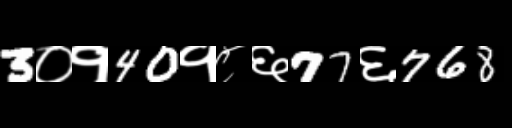
Text: 3०१40१८६77६768